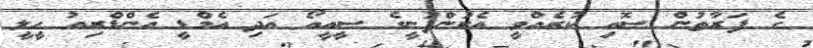
ގެ ފަރާތުން ސޮއި ކުރެއްވީ އެކުންފުނީގެ ސީއީއޯ އަދި އެމްޑީ އެންޑްރިއު ހީލީ